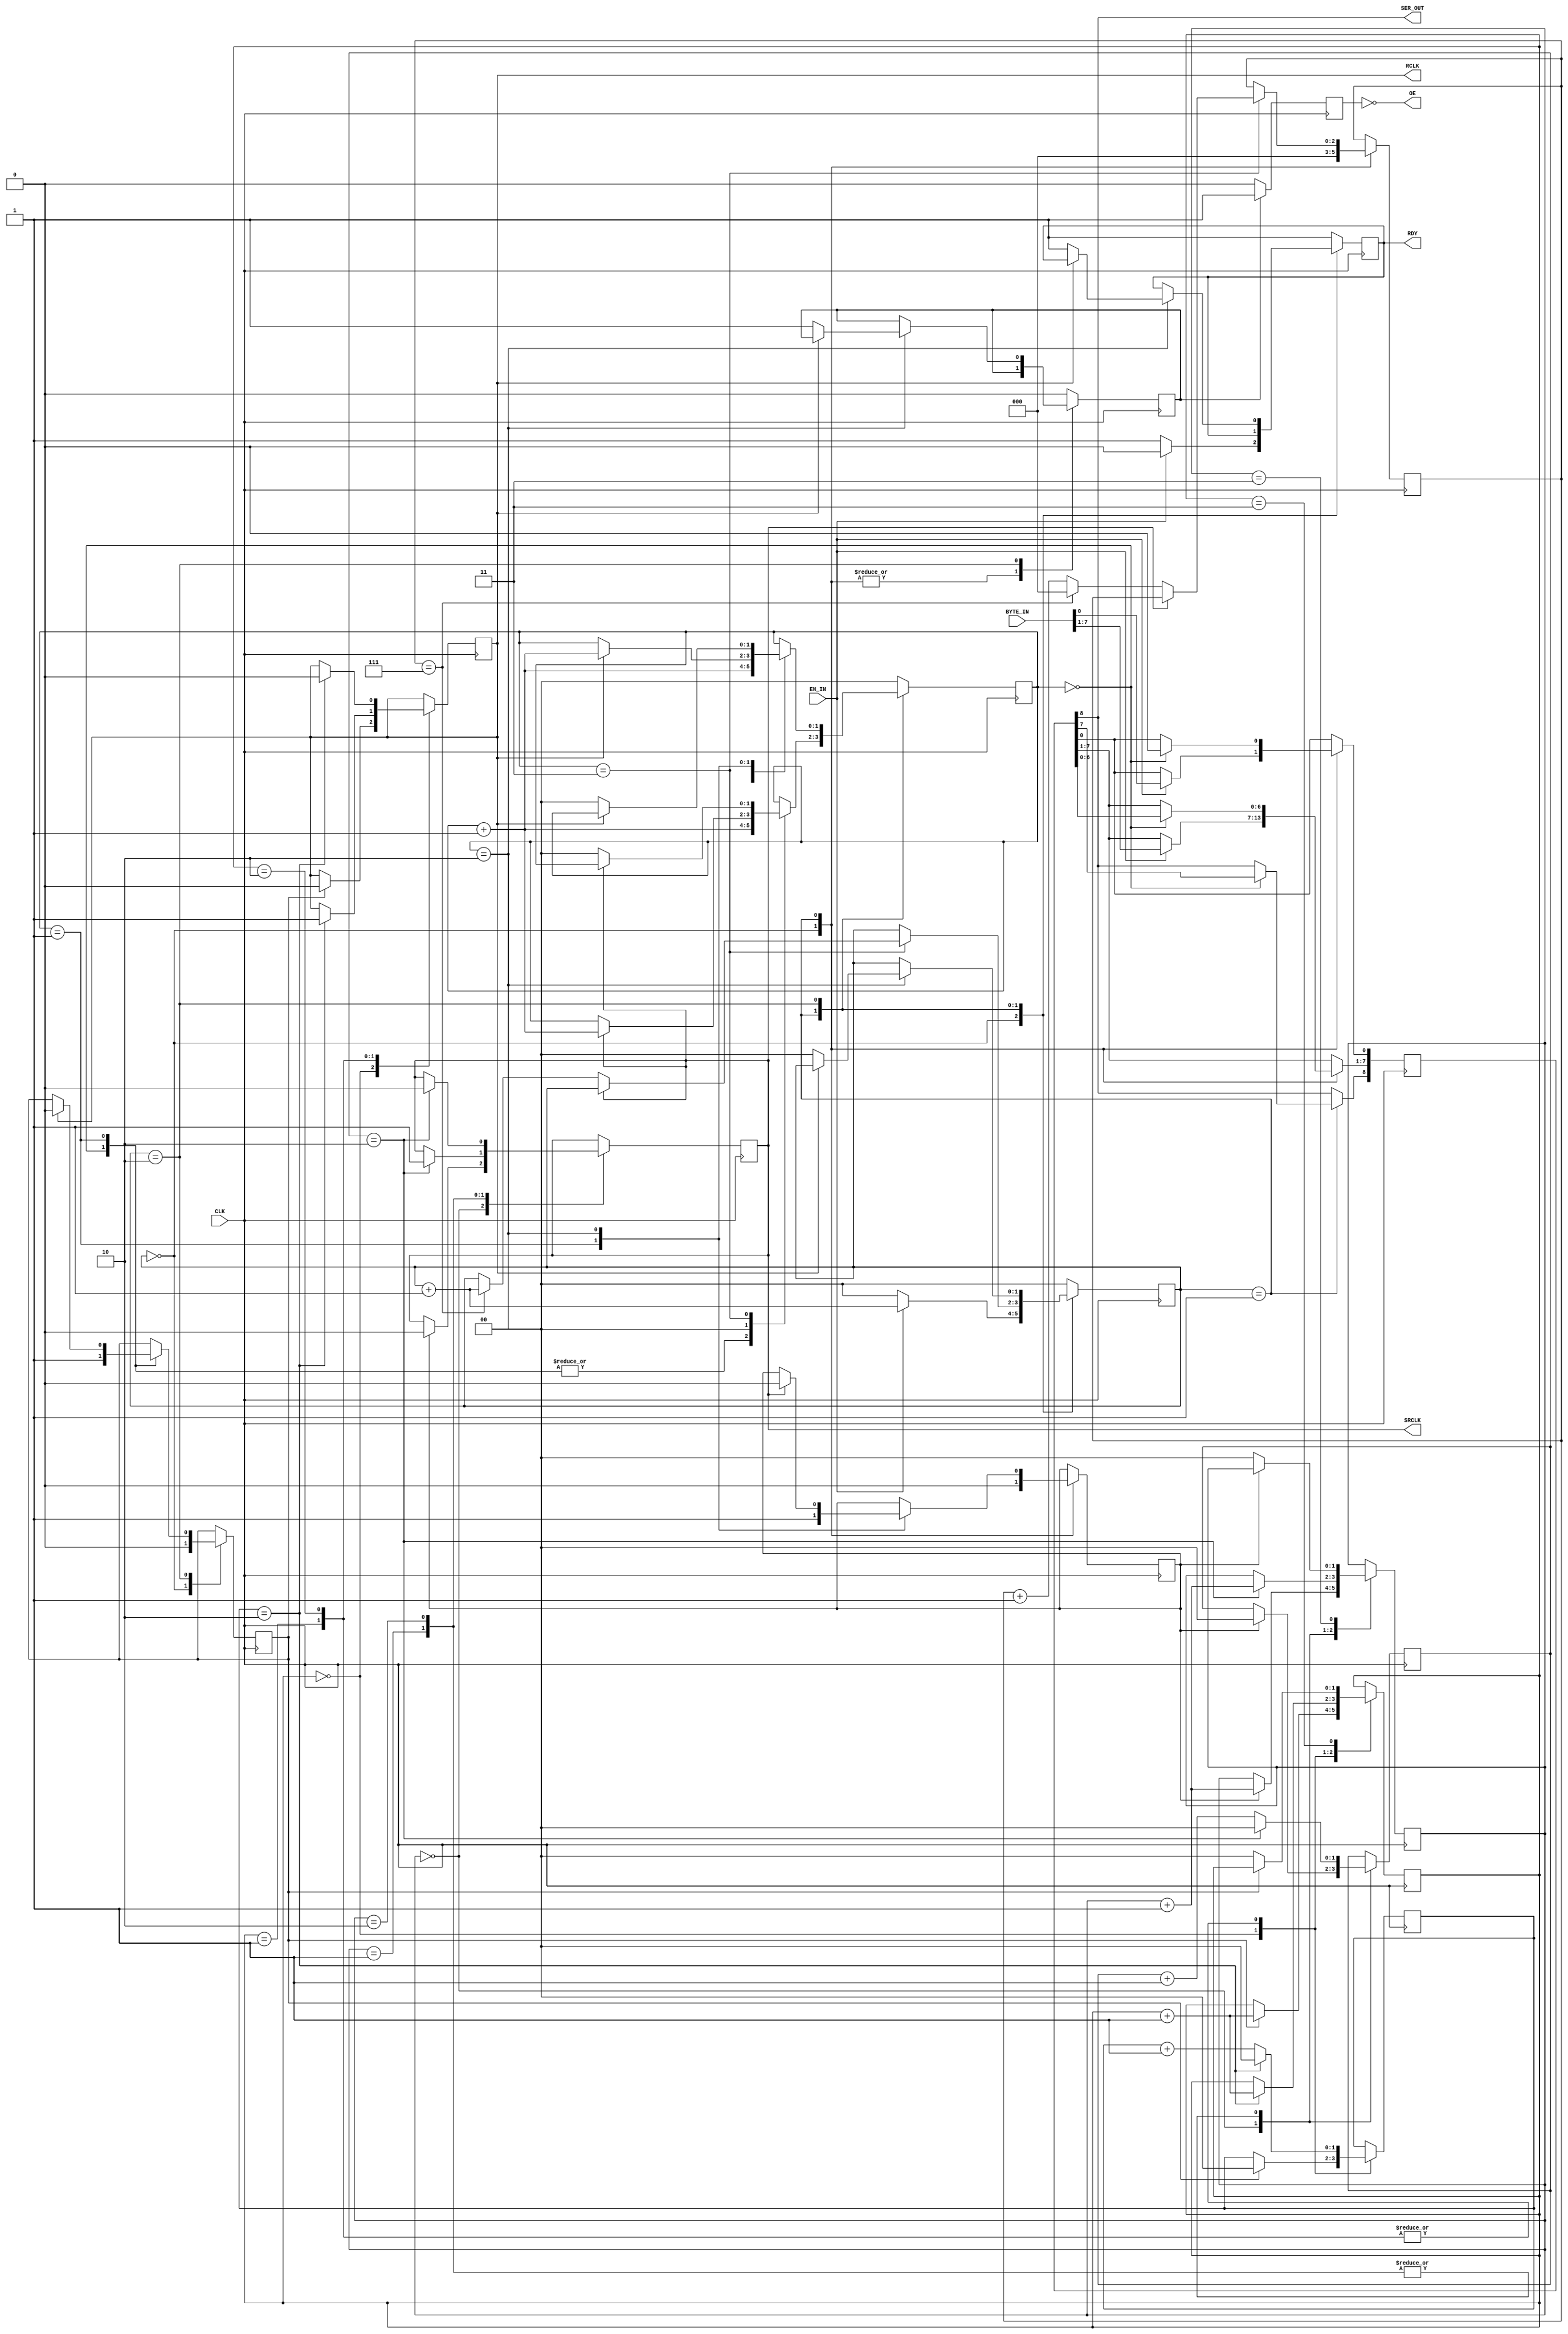
`timescale 1ns / 1ps
////////////////////////////////////////////////////////////////////////////////
//
// Module Name:   FPGA_2_ShiftReg
// Description:   Simple implementation of a shift register driver for 74HC595
//
// Dependencies:  CLK=24MHz. Slower clocks should also work. If a faster CLK is
//                used, the parameters below may need adjusting
//
////////////////////////////////////////////////////////////////////////////////

module FPGA_2_ShiftReg(CLK, BYTE_IN, EN_IN, RDY, RCLK, SRCLK, OE, SER_OUT);

//----------------------------CONTROL SIGNALS-----------------------------------
input CLK;
input [7:0] BYTE_IN;  //8-bit input data
input EN_IN;  //BYTE_IN ENABLE, indicates the input data is valid
output RDY;   //A ready flag indicator, brought low when EN_IN=1 and stays low
              //until EN_IN=0 and the data has been shifted out on SER_OUT


//-----------------------PHYSICAL PIN CONNECTIONS-------------------------------
output RCLK;    //Register CLK, pushes the FIFO data to the driver outputs
output SRCLK;   //Positive Edge Triggered Shift Register CLK
output OE;      //Output Enable (Active Low)
output SER_OUT; //The serial data output
//------------------------------------------------------------------------------

//NOTE: Tie SRCLR to VCC since we never need to clear
reg [8:0] shift = 0;
reg RCLK        = 0;
reg SRCLK       = 0;
reg RDY         = 1;
wire OE;

//==============================================================================
//--------------------------------PARAMETERS------------------------------------
//==============================================================================
//If we assume CLK=24MHz, then T~=42nS
//If VCC=3.3V, SRCLK at worst case is capable of 5MHz and at best 25MHz
//Lets assume SRCLK=12MHz, T_SCLK~=84nS
//See page 7 of the SN74HC595 datasheet for the parameters below

//------------------------------NUMBER OF BITS----------------------------------
parameter N = 2; //This parameter is used on several registers/parameters below

//---------------------PULSE DURATION PARAMETER (PAGE7)-------------------------
//This parameter is used to specify in how many clock cycles of CLK must
//occur prior to setting or unsetting SRCLK/RCLK HI or LO
parameter [N-1:0] pulse_duration = 3; //safety time > 100ns, >=3 CLK cycles

//---------------------SETUP TIME PARAMETER (PAGE7)-----------------------------
//This parameter is used to control how much time is required to setup the
//SER_OUT signal prior to setting SRCLK HI.
//Note there is no required hold duration, once the signal is written to SER,
//and SRCLK has gone HI, the next signal can be immediately setup
parameter [N-1:0] setup_time = 3; //Safety time > 125ns, >=3 CLK cycles

//==============================================================================
//----------------------------ASSIGN THE SER_OUT--------------------------------
//==============================================================================
//The SER_OUT port can be thought of as a wire to the MSB of an 8-bit shift reg
wire SER_OUT;
assign SER_OUT = shift[8]; //shift data out using MSBF

//==============================================================================
//--------------------------CREATE THE SRCLK SIGNAL-----------------------------
//==============================================================================
//Create the SRCLK signal that will be used to clock-in the serial data
reg [N-1:0] clk_cnt   = 0;
reg [1:0] SRCLK_state = 0;
reg SRCLK_toggle      = 0; //Instructs the process to toggle SRCLK for a period of time

always @ ( posedge CLK ) begin
  case ( SRCLK_state )
    0: begin //Wait for SRCLK_toggle=1
      if ( SRCLK_toggle == 1 ) begin
        SRCLK_state <= SRCLK_state + 1;
        SRCLK       <= 0; //Make sure SRCLK is low
        clk_cnt     <= 0;
      end
    end
    1: begin //Wait for the defined setup time, prior to setting SRCLK HI
      if ( clk_cnt == ( setup_time - 1 ) ) begin
        SRCLK       <= 1;
        clk_cnt     <= 0;
        SRCLK_state <= SRCLK_state + 1;
      end else begin
        clk_cnt <= clk_cnt + 1;
      end
    end
    2: begin //Wait for the defined pulse duration, prior to setting SRCLK LO
      if ( clk_cnt == ( pulse_duration - 1 ) ) begin
        SRCLK       <= 0;
        clk_cnt     <= 0;
        SRCLK_state <= SRCLK_state + 1;
      end else begin
        clk_cnt <= clk_cnt + 1;
      end
    end
    3: begin //Wait for SRCLK_toggle=0
      if ( SRCLK_toggle == 0 ) SRCLK_state <= 0;
    end
  endcase
end

//==============================================================================
//--------------------------CREATE THE RCLK SIGNAL------------------------------
//==============================================================================
//Create the RCLK signal that will be used to clock-out the parallel data
reg [N-1:0] clk_cnt2 = 0;
reg [1:0] RCLK_state = 0;
reg RCLK_toggle = 0; //Instructs the process to toggle RCLK for a period of time

always @ ( posedge CLK ) begin
  case ( RCLK_state )
    0: begin //Wait for RCLK_toggle=1
      if ( RCLK_toggle == 1 ) begin
        RCLK_state  <= RCLK_state + 1;
        RCLK        <= 0; //Make sure RCLK is low
        clk_cnt2    <= 0;
      end
    end
    1: begin //Wait for the defined setup time, prior to setting RCLK HI
      if ( clk_cnt2 == ( setup_time - 1 ) ) begin
        RCLK        <= 1;
        clk_cnt2    <= 0;
        RCLK_state  <= RCLK_state + 1;
      end else begin
        clk_cnt2 <= clk_cnt2 + 1;
      end
    end
    2: begin //Wait for the defined pulse duration, prior to setting SRCLK LO
      if ( clk_cnt2 == ( pulse_duration - 1 ) ) begin
        RCLK        <= 0;
        clk_cnt2    <= 0;
        RCLK_state  <= RCLK_state + 1;
      end else begin
        clk_cnt2 <= clk_cnt2 + 1;
      end
    end
    3: begin //Wait for RCLK_toggle=0
      if ( RCLK_toggle == 0 ) RCLK_state <= 0;
    end
  endcase
end

//==============================================================================
//-------------------CREATE THE FUNCTIONAL SWITCHING LOGIC----------------------
//==============================================================================
reg [1:0] state = 0; //Statemachine variable
reg [1:0] substate = 0;
reg [2:0] cnt = 0;
reg init_done = 0;
always @ ( posedge CLK ) begin
  case ( state )
    0: begin //-----------------------------Populate the FPGA's shift register
      if ( EN_IN == 1 ) begin //Only start the statemachine when input is enabled
        shift[7:0]   <= BYTE_IN;
        //shift[8]   <= 0;
        cnt          <= 0;
        state        <= state + 1;
        RDY          <= 0;
        SRCLK_toggle <= 0;
        RCLK_toggle  <= 0;
        substate     <= 0;
      end else begin
        RDY          <= 1;
        cnt          <= 0;
        SRCLK_toggle <= 0;
        RCLK_toggle  <= 0;
        state        <= 0;
        substate     <= 0;
      end
    end
    1: begin //-----------------------------------------Push the bits out MSBF
      case ( substate )
        0: begin //PUSH DATA ON SER
          shift[8:1]  <= shift[7:0];
          shift[0]    <= 0;
          substate    <= substate + 1;
        end
        1: begin //PULSE SRCLK
          SRCLK_toggle  <= 1;
          substate      <= substate + 1;
        end
        2: begin //TURN OFF THE TOGGLE BIT
          if ( SRCLK == 1 ) begin
            SRCLK_toggle  <= 0;
            substate      <= substate + 1;
          end
        end
        3: begin //WHEN SRCLK GOES LOW, CHECK & UPDATE cnt
          if ( SRCLK == 0 ) begin
            if ( cnt == 7 ) begin
              //All bits have been shifted
              state <= state + 1;
              cnt   <= 0;
            end else begin
              //We have more bits to shift
              cnt <= cnt + 1;
            end
            substate <= 0;
          end
        end
      endcase
    end
    2: begin //--------------------------Update & Activate the parallel output
      //First Pulse RCLK
      //Then indicate init_done
      case ( substate )
        0: begin //PULSE RCLK
          RCLK_toggle <= 1;
          substate    <= substate + 1;
        end
        1: begin //TURN OFF THE TOGGLE BIT
          if ( RCLK == 1 ) begin
            RCLK_toggle <= 0;
            substate    <= substate + 1;
          end
        end
        2: begin //WHEN RCLK GOES LOW, CHECK & UPDATE cnt
          if ( RCLK == 0 ) begin
            state     <= 0;
            substate  <= 0;
            init_done <= 1;
            RDY       <= 1;
          end
        end
      endcase
    end
    default: begin
      state     <= 0;
      substate  <= 0;
      init_done <= 0;
      RDY       <= 1;
    end
  endcase
end

//==============================================================================
//------------------------INITIALIZATION DONE PROCESS---------------------------
//==============================================================================
//This is when the shift register's outputs are switched from HI-Z to LO-Z.
//We will use this as the point in time when we should activate the outputs
//after powerup. At powerup the chip will be in HI-Z state since the data will
//not be valid. Once the user feeds data into this module, and the module
//processes the request, the shift register's output will be enabled
//permenantly. The subsequent data that is fed into this module will be updated
//once all 8-bits are shifted into position. This is done in the logic process
//above.
reg EN_OUT = 0;
always @ ( posedge CLK ) begin
  if ( init_done == 1 ) begin
    EN_OUT <= 1;
  end else begin
    EN_OUT <= 0;
  end
end

assign OE = ~EN_OUT; //Invert OE since it is active low

endmodule